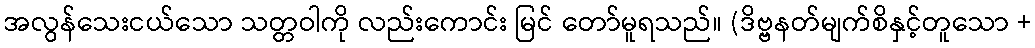
အလွန်သေးငယ်သော သတ္တဝါကို လည်းကောင်း မြင် တော်မူရသည်။ (ဒိဗ္ဗနတ်မျက်စိနှင့်တူသော +